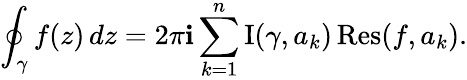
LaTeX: \oint_{\gamma}f(z)\, dz=2\pi\mathbf{i}\sum_{k=1}^{n}\operatorname{I}(\gamma,a_{k})\operatorname{Res}(f,a_{k}).